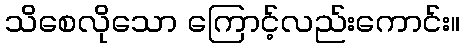
သိစေလိုသော ကြောင့်လည်းကောင်း။